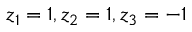
z _ { 1 } = 1 , z _ { 2 } = 1 , z _ { 3 } = - 1